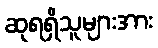
ဆုရရှိသူများအား